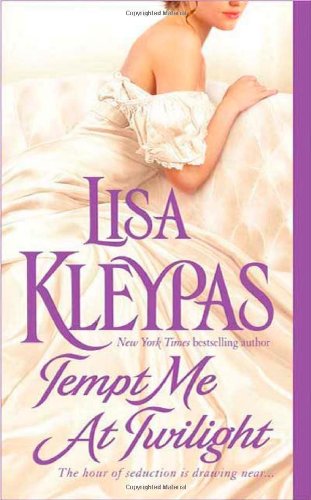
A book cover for Tempt Me at Twilight (Hathaways, Book 3); Lisa Kleypas; Romance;